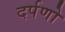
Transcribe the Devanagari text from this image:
दर्पणो